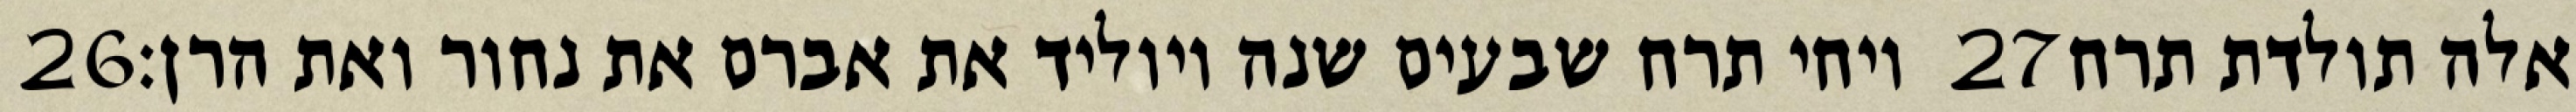
‎26‏ ויחי תרח שבעים שנה ויוליד את אברם את נחור ואת הרן׃ ‎27‏ אלה תולדת תרח